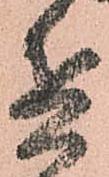
兵